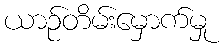
ယာဉ်တိမ်းမှောက်မှု